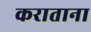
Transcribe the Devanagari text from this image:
कराताना